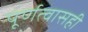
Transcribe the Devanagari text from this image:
पूर्णत्वासही